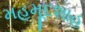
મહમૂદશાહ